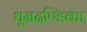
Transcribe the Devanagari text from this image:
धूम्रदण्डिका